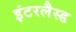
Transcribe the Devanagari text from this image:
इंटरलैस्ड